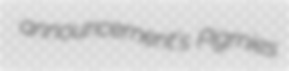
announcement's Pigmies